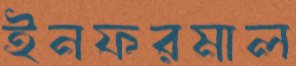
ইনফরমাল